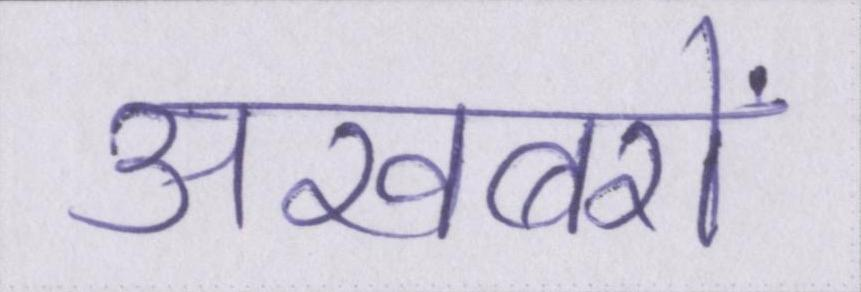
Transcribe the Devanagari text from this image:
अखबरों